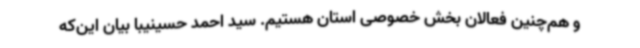
و هم‌چنین فعالان بخش خصوصی استان هستیم. سید احمد حسینیبا بیان این‌که